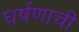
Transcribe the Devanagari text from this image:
घर्षणाची